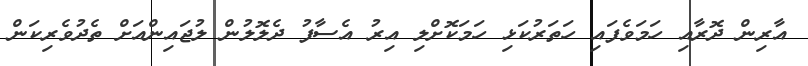
އާރިން ދޮރާއި ހަމަވެފައި ހަތަރުކަޅި ހަމަކޮށްލި އިރު އެސާފު ދެލޮލުން ލުޖައިންއަށް ތެދުވެރިކަން